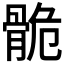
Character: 𩨾